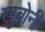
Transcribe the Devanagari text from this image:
खुबोनी